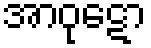
အာဝုဋော